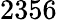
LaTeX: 2356